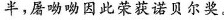
半，屠呦呦因此荣获诺贝尔奖。